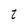
Character: t